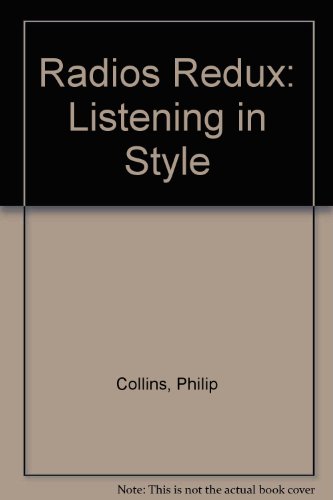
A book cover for Radios Redux; Philip Collins; Crafts, Hobbies & Home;